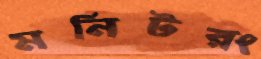
মনিটরং